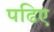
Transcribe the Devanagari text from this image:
पढिए